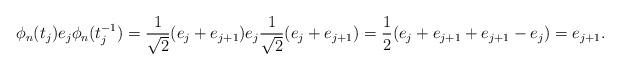
LaTeX: \begin{align*}\phi_n(t_j)e_j\phi_n(t_j^{-1})=\frac{1}{\sqrt{2}}(e_j+e_{j+1})e_j\frac{1}{\sqrt{2}}(e_j+e_{j+1})=\frac{1}{2}(e_j+e_{j+1}+e_{j+1}-e_j)=e_{j+1}.\end{align*}